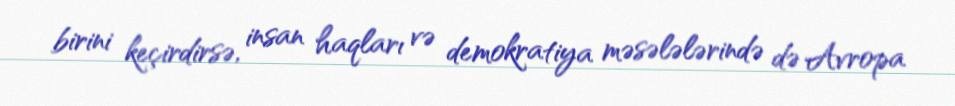
birini keçirdirsə, insan haqları və demokratiya məsələlərində də Avropa